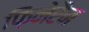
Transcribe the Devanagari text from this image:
फ़िनेरैन